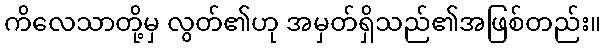
ကိလေသာတို့မှ လွတ်၏ဟု အမှတ်ရှိသည်၏အဖြစ်တည်း။